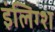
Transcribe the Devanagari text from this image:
इंलिग्श